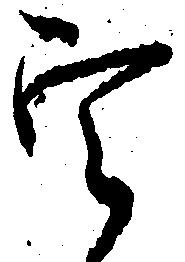
定